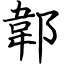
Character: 郼